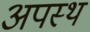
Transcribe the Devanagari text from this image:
अपस्थ